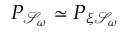
P _ { \mathcal { S } _ { \omega } } \simeq P _ { \xi \mathcal { S } _ { \omega } }